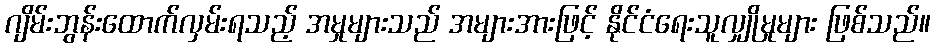
ဂျိမ်းဘွန်းထောက်လှမ်းရသည့် အမှုများသည် အများအားဖြင့် နိုင်ငံရေးသူလျှိုမှုများ ဖြစ်သည်။